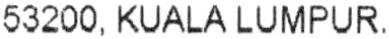
53200, KUALA LUMPUR